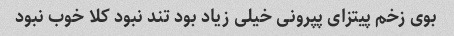
بوی زخم پیتزای پپرونی خیلی زیاد بود تند نبود کلا خوب نبود